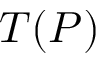
T ( P )